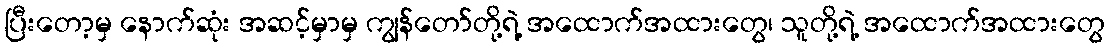
ပြီးတော့မှ နောက်ဆုံး အဆင့်မှာမှ ကျွန်တော်တို့ရဲ့ အထောက်အထားတွေ၊ သူတို့ရဲ့ အထောက်အထားတွေ